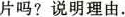
片吗?说明理由。